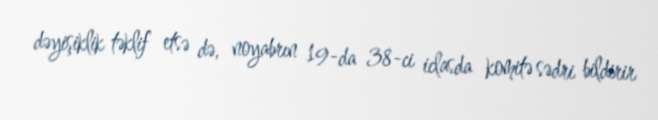
dəyişiklik təklif etsə də, noyabrın 19-da 38-ci iclasda komitə sədri bildirir